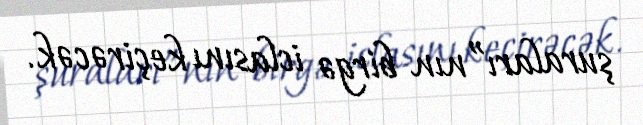
şuraları”nın birgə iclasını keçirəcək.